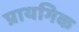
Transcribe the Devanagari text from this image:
प्रायगिक